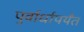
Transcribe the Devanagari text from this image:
पुर्वार्धापर्यंत